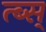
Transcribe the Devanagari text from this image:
त्ब्स्